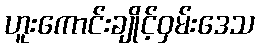
ဟူးကောင်းချိုင့်ဝှမ်းဒေသ